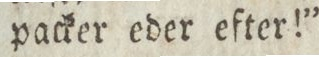
packer eder efter!”